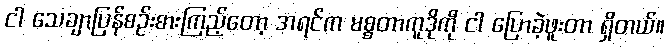
ငါ သေချာပြန်စဉ်းစားကြည့်တော့ အရင်က မစ္စတာကူဒိုကို ငါ ပြောခဲ့ဖူးတာ ရှိတယ်။